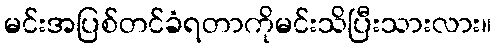
မင်းအပြစ်တင်ခံရတာကိုမင်းသိပြီးသားလား။